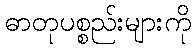
ဓာတုပစ္စည်းများကို